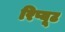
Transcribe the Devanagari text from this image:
रिप्यूट